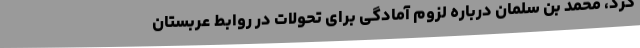
کرد، محمد بن سلمان درباره لزوم آمادگی برای تحولات در روابط عربستان